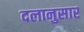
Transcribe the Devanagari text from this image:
दलानुसार